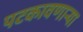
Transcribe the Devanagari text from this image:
पटकावणार्‍या